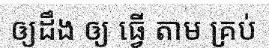
ឲ្យដឹង ឲ្យ ធ្វើ តាម គ្រប់